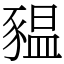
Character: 豱